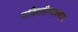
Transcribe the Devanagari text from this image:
वकिलीव्यवसाय